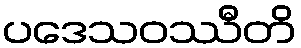
ပဒေသဝဿီတိ